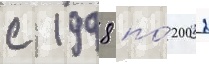
с 1998 по́ 2002